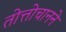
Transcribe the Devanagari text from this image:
तोत्तोचानने